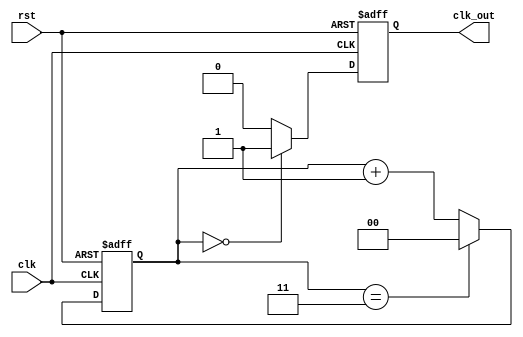
`timescale 1ns/1ns

module huawei7(
	input wire clk  ,
	input wire rst  ,
	output reg clk_out
);

//*************code***********//
reg [1:0] cnt;
always @(posedge clk or negedge rst)
begin
if(!rst)
cnt<=0;
else if(cnt==3)
cnt<=0;
else
cnt<=cnt+1;
end

always @(posedge clk or negedge rst)
begin
if(!rst)
clk_out<=0;
else if(cnt==0)
clk_out<=1;
else
clk_out<=0;
end
//*************code***********//
endmodule